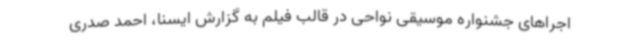
اجراهای جشنواره موسیقی نواحی در قالب فیلم به گزارش ایسنا، احمد صدری